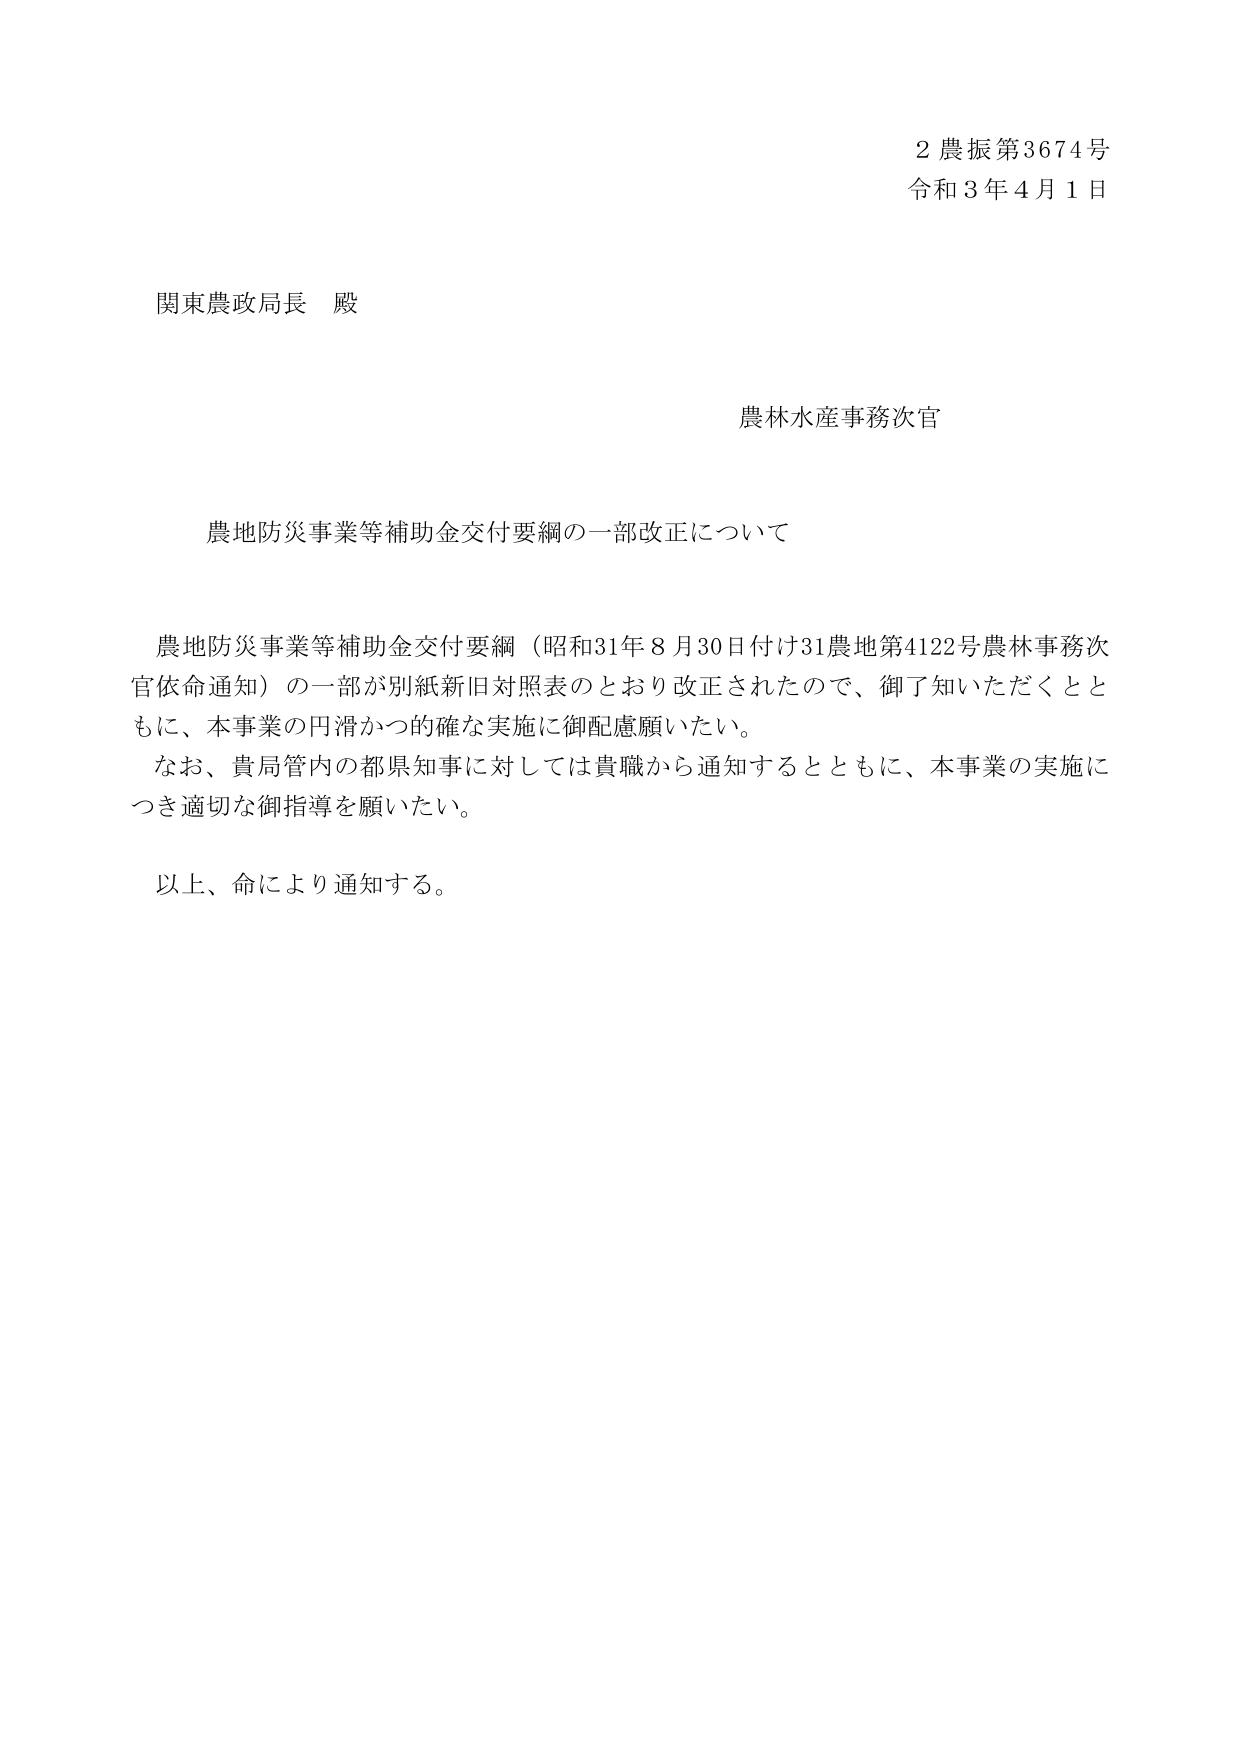
2 農振第3674号
令和3年4月1日

関東農政局長 殿

農林水産事務次官

農地防災事業等補助金交付要綱の一部改正について

農地防災事業等補助金交付要綱（昭和31年8月30日付け31農地第4122号農林事務次官依命通知）の一部が別紙新旧対照表のとおり改正されたので、御了知いただくとともに、本事業の円滑かつ的確な実施に御配慮願いたい。
なお、貴局管内の都県知事に対しては貴職から通知するとともに、本事業の実施につき適切な御指導を願いたい。

以上、命により通知する。